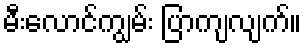
မီးလောင်ကျွမ်း ပြာကျလျက်။